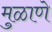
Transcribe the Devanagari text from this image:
मुळाणे